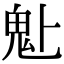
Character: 𩱻